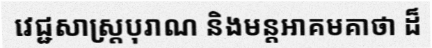
វេជ្ជសាស្ត្របុរាណ និងមន្តអាគមគាថា ដ៏